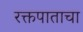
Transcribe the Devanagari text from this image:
रक्तपाताचा